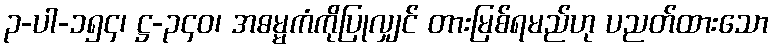
၃-ပါ-၁၅၄၊ ဋ္ဌ-၃၄၀၊ အဓမ္မကံကိုပြုလျှင် တားမြစ်ရမည်ဟု ပညတ်ထားသော